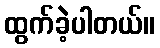
ထွက်ခဲ့ပါတယ်။